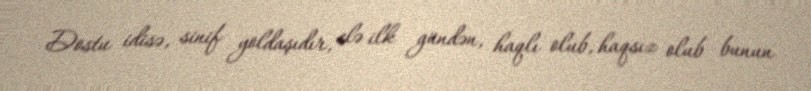
Dostu idisə, sinif yoldaşıdır, elə ilk gündən, haqlı olub, haqsız olub bunun